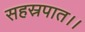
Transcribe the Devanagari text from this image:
सहस्रपात।।